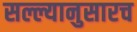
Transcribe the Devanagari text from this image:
सल्ल्यानुसारच